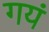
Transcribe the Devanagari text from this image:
गयं